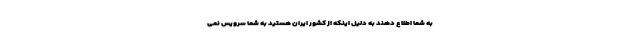
به شما اطلاع دهند به دلیل اینکه از کشور ایران هستید به شما سرویس نمی